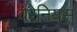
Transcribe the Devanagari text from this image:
वेरेनियस